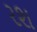
રશ